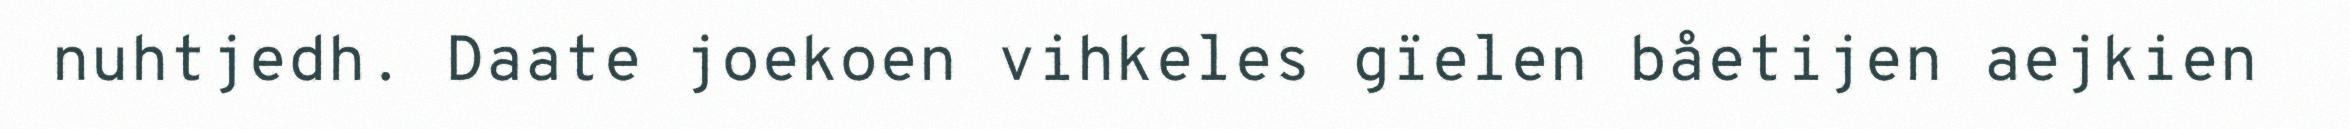
nuhtjedh. Daate joekoen vihkeles gïelen båetijen aejkien